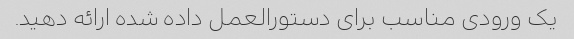
یک ورودی مناسب برای دستورالعمل داده شده ارائه دهید.